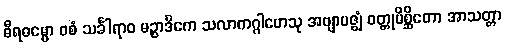
ဓီရဓမ္မော ဝစံ သင်္ခါရာဝ မဉ္စာဒိကေ သလာကဂ္ဂါဟေသု အဗျာပဇ္ဈံ ဝတ္တုမိစ္ဆိတော အာသတ္တာ